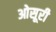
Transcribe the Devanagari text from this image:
ओसूरी